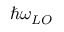
\hbar \omega _ { L O }